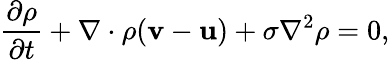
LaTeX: \frac{\partial\rho}{\partial t}+{\mathbf\nabla}\cdot\rho({\mathbf v}-{\mathbf u})+\sigma\nabla^{2}\rho=0,